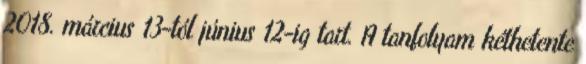
2018. március 13-tól június 12-ig tart. A tanfolyam kéthetente